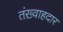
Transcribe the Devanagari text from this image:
तंख़्वाहदार